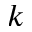
k